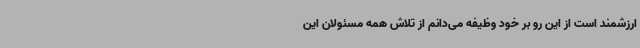
ارزشمند است از این رو بر خود وظیفه می‌دانم از تلاش همه مسئولان این